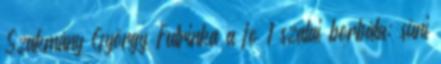
Szakmány György Futrinka a fo 1 szalai borbála: süni